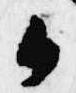
御